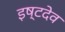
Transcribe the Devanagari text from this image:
इष्‍टदेव